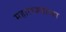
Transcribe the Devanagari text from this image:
महाराज्यांचा